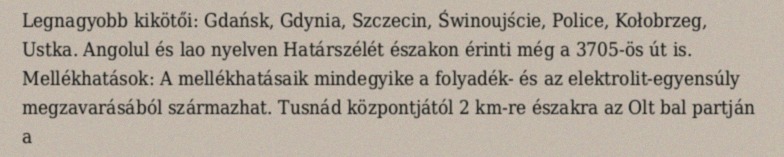
Legnagyobb kikötői: Gdańsk, Gdynia, Szczecin, Świnoujście, Police, Kołobrzeg, Ustka. Angolul és lao nyelven Határszélét északon érinti még a 3705-ös út is. Mellékhatások: A mellékhatásaik mindegyike a folyadék- és az elektrolit-egyensúly megzavarásából származhat. Tusnád központjától 2 km-re északra az Olt bal partján a